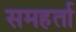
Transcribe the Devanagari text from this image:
समहर्ता